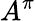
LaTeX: A^{\pi}